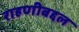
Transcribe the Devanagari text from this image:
राहणीबद्दल